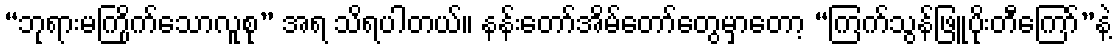
“ဘုရားမကြိုက်သောလူစု” အရ သိရပါတယ်။ နန်းတော်အိမ်တော်တွေမှာတော့ “ကြက်သွန်ဖြူပိုးတီကြော်”နဲ့